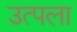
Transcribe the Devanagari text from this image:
उत्पला